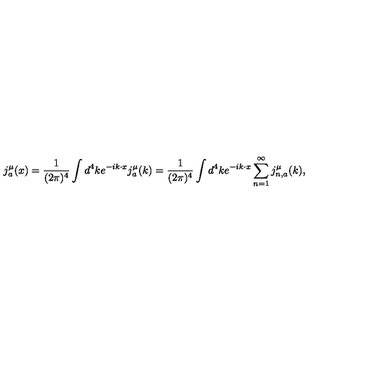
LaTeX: j _ { a } ^ { \mu } ( x ) = { \frac { 1 } { ( 2 \pi ) ^ { 4 } } } \int d ^ { 4 } k e ^ { - i k \cdot x } j _ { a } ^ { \mu } ( k ) = { \frac { 1 } { ( 2 \pi ) ^ { 4 } } } \int d ^ { 4 } k e ^ { - i k \cdot x } \sum _ { n = 1 } ^ { \infty } j _ { n , a } ^ { \mu } ( k ) ,